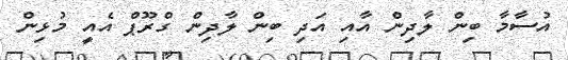
އުސާމާ ބިން ލާދިން އާއި އަދި ބިން ލާދިން ގްރޫޕް އެއީ މުޅިން